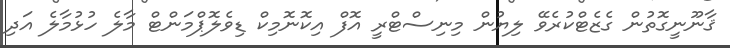
ޤާނޫނީގޮތުން ގެޒެޓްކުރެވޭ ލިޔުން މިނިސްޓްރީ އޮފް އިކޮނޮމިކް ޑިވެލޮޕްމަންޓް މާލެ ހުޅުމާލެ އަދި